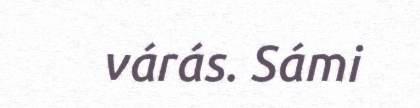
várás. Sámi